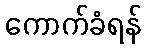
ကောက်ခံရန်